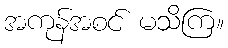
အကုန်အစင် မသိကြ။